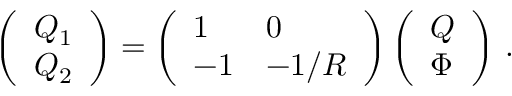
\begin{array} { r } { \left( \begin{array} { l } { Q _ { 1 } } \\ { Q _ { 2 } } \end{array} \right) = \left( \begin{array} { l l } { 1 } & { 0 } \\ { - 1 } & { - 1 / R } \end{array} \right) \left( \begin{array} { l } { Q } \\ { \Phi } \end{array} \right) \, . } \end{array}